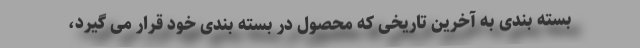
بسته بندی به آخرین تاریخی که محصول در بسته بندی خود قرار می گیرد،